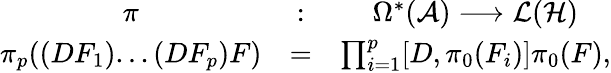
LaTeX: \begin{array}{ccc}{{\pi}}&{{:}}&{{\Omega^{*}({\cal A})\longrightarrow{\cal L}({\cal H})}}\\ {{\pi_{p}((DF_{1})...(DF_{p})F)}}&{{=}}&{{\prod_{i=1}^{p}[D,\pi_{0}(F_{i})]\pi_{0}(F),}}\end{array}